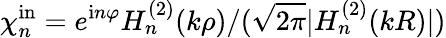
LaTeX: \chi_{n}^{\mathrm{in}}=e^{\mathrm{i}n\varphi}H_{n}^{(2)}(k\rho)/(\sqrt{2\pi}|H_{n}^{(2)}(kR)|)